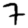
Digit: 7